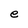
Character: e